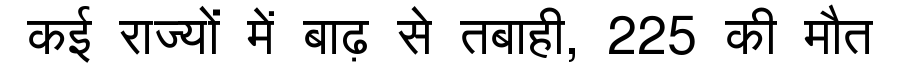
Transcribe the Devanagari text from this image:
कई राज्यों में बाढ़ से तबाही, 225 की मौत